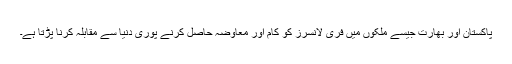
پاکستان اور بھارت جیسے ملکوں میں فری لانسرز کو کام اور معاوضہ حاصل کرنے پوری دنیا سے مقابلہ کرنا پڑتا ہے۔